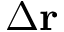
\Delta \mathbf { r }